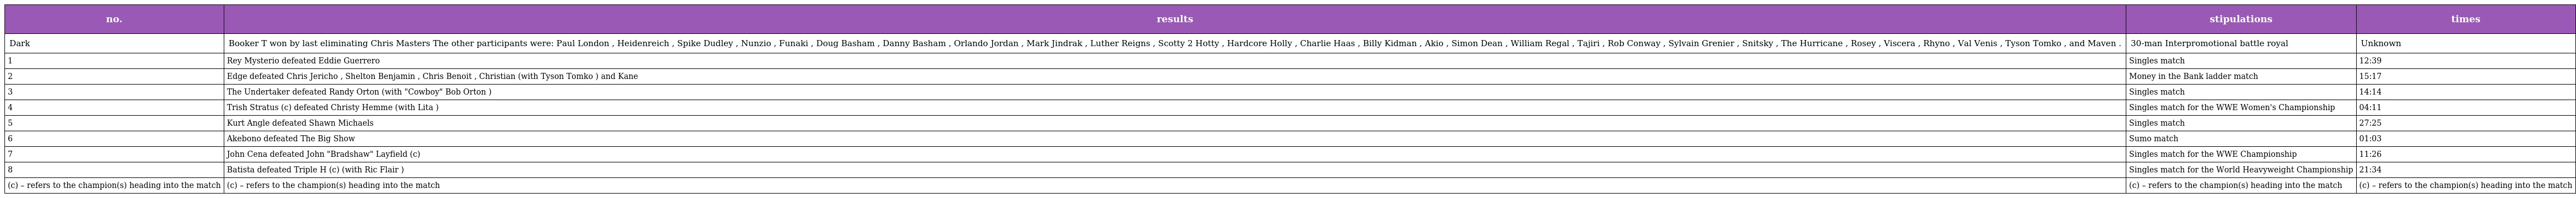
| no. | results | stipulations | times |
 | --- | --- | --- | --- |
 | Dark | Booker T won by last eliminating Chris Masters The other participants were: Paul London , Heidenreich , Spike Dudley , Nunzio , Funaki , Doug Basham , Danny Basham , Orlando Jordan , Mark Jindrak , Luther Reigns , Scotty 2 Hotty , Hardcore Holly , Charlie Haas , Billy Kidman , Akio , Simon Dean , William Regal , Tajiri , Rob Conway , Sylvain Grenier , Snitsky , The Hurricane , Rosey , Viscera , Rhyno , Val Venis , Tyson Tomko , and Maven . | 30-man Interpromotional battle royal | Unknown |
 | 1 | Rey Mysterio defeated Eddie Guerrero | Singles match | 12:39 |
 | 2 | Edge defeated Chris Jericho , Shelton Benjamin , Chris Benoit , Christian (with Tyson Tomko ) and Kane | Money in the Bank ladder match | 15:17 |
 | 3 | The Undertaker defeated Randy Orton (with "Cowboy" Bob Orton ) | Singles match | 14:14 |
 | 4 | Trish Stratus (c) defeated Christy Hemme (with Lita ) | Singles match for the WWE Women's Championship | 04:11 |
 | 5 | Kurt Angle defeated Shawn Michaels | Singles match | 27:25 |
 | 6 | Akebono defeated The Big Show | Sumo match | 01:03 |
 | 7 | John Cena defeated John "Bradshaw" Layfield (c) | Singles match for the WWE Championship | 11:26 |
 | 8 | Batista defeated Triple H (c) (with Ric Flair ) | Singles match for the World Heavyweight Championship | 21:34 |
 | (c) – refers to the champion(s) heading into the match | (c) – refers to the champion(s) heading into the match | (c) – refers to the champion(s) heading into the match | (c) – refers to the champion(s) heading into the match |